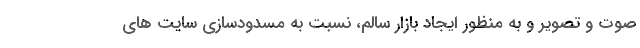
صوت و تصویر و به منظور ایجاد بازار سالم، نسبت به مسدودسازی سایت های